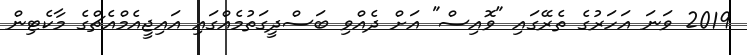
2019 ވަނަ އަހަރުގެ ތެރޭގައި "ވޮއިސް" އަށް ދެއްވި ބަސްދީގަތުމެއްގައި އައިޖީއެމްއެޗްގެ މާކެޓިން